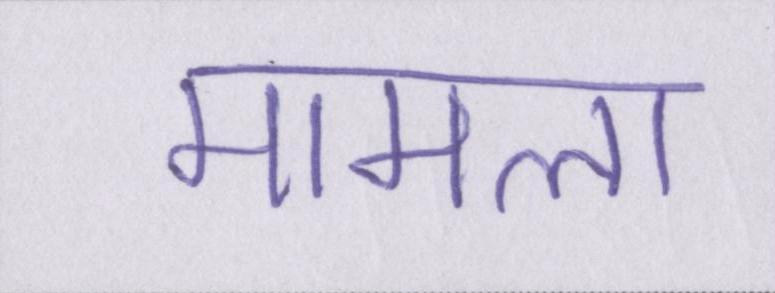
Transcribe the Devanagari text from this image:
मामला